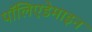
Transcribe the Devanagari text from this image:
पॉलिएडेमाइन